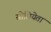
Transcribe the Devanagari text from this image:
सोसियेता